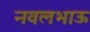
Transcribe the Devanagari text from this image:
नवलभाऊ